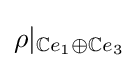
\rho |_{\mathbb {C} e_{1}\oplus \mathbb {C} e_{3}}